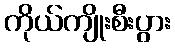
ကိုယ်ကျိုးစီးပွား